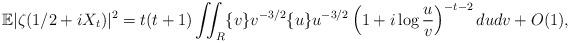
LaTeX: \begin{align*}\mathbb{E} |\zeta(1/2+iX_t)|^2 = t(t+1) \iint_R \{v\} v^{-3/2} \{u\} u^{-3/2} \left(1+i\log\frac{u}{v}\right)^{-t-2} dudv + O(1),\end{align*}